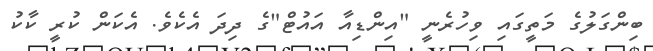
ބިންގަލުގެ މަތީގައި ވިހުރެނީ "އިންޑިއާ އައުޓް"ގެ ދިދަ އެކެވެ. އެކަން ކުރީ ކާކު